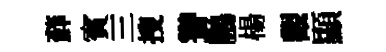
蘚賓三搜聳鵬楊觀顯